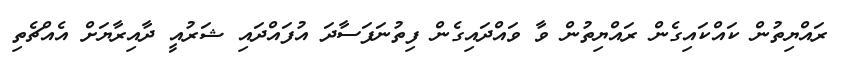
ރައްޔިތުން ކައްކައިގެން ރައްޔިތުން ވާ ވައްދައިގެން ފިތުނަފަސާދަ އުފައްދައި ޝަރުއީ ދާއިރާޔަށް އެއްޗެތި